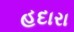
હદારા